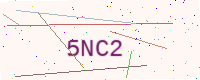
Text: 5NC2